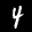
Label: 4